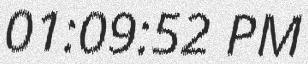
01:09:52 PM